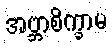
အဗ္ဘာစိက္ခာမ